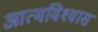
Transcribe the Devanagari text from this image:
आत्‍मविश्‍वास